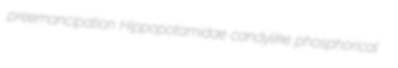
preemancipation Hippopotamidae candylike phosphorical